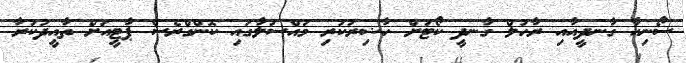
ސޯނިއާ ގާނދީއާއި ރާހުލް ގާނދީ ކޯޓަށް ހާޟިރުކުރި މައްސަލާގައި ކޮންގްރެސް ޕާޓީއަށް ތާއީދުކުރާ